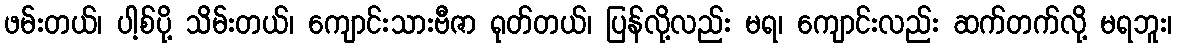
ဖမ်းတယ်၊ ပါ့စ်ပို့ သိမ်းတယ်၊ ကျောင်းသားဗီဇာ ရုတ်တယ်၊ ပြန်လို့လည်း မရ၊ ကျောင်းလည်း ဆက်တက်လို့ မရဘူး၊